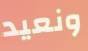
ونعيد